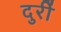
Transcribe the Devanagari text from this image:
दुरीं